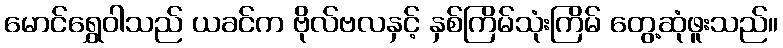
မောင်ရွှေဝါသည် ယခင်က ဗိုလ်ဗလနှင့် နှစ်ကြိမ်သုံးကြိမ် တွေ့ဆုံဖူးသည်။